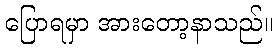
ပြောရမှာ အားတော့နာသည်။